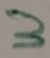
Text: 3